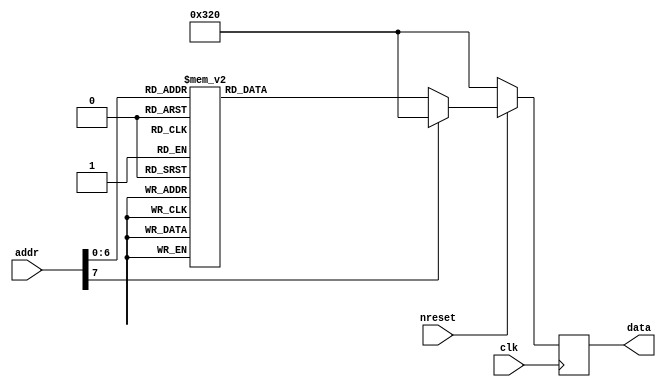
/*
By whik
*/
module ROM(clk,nreset,addr,data);

input clk,nreset;
input [7:0] addr;
output reg [15:0]data;    

always @ (posedge clk)
begin 
    if(!nreset)
        begin 
            data <= 800;
        end     
    else case(addr)
//////////////////////////////////
         0 :   data <= 800 ;
         1 :   data <= 831 ; 
         2 :   data <= 863 ; 
         3 :   data <= 894 ; 
         4 :   data <= 925 ; 
         5 :   data <= 956 ; 
         6 :   data <= 986 ; 
         7 :   data <= 1016 ; 
         8 :   data <= 1045 ; 
         9 :   data <= 1074 ; 
         10 :  data <= 1102 ; 
         11 :  data <= 1129 ; 
         12 :  data <= 1156 ; 
         13 :  data <= 1181 ; 
         14 :  data <= 1206 ; 
         15 :  data <= 1230 ; 
         16 :  data <= 1253 ;
         17 :  data <= 1274 ; 
         18 :  data <= 1295 ; 
         19 :  data <= 1314 ; 
         20 :  data <= 1332 ; 
         21 :  data <= 1349 ; 
         22 :  data <= 1364 ; 
         23 :  data <= 1379 ; 
         24 :  data <= 1391 ; 
         25 :  data <= 1403 ; 
         26 :  data <= 1412 ; 
         27 :  data <= 1421 ; 
         28 :  data <= 1428 ; 
         29 :  data <= 1433 ; 
         30 :  data <= 1437 ; 
         31 :  data <= 1439 ; 
         32 :  data <= 1440 ; 
         33 :  data <= 1439 ; 
         34 :  data <= 1437 ; 
         35 :  data <= 1433 ; 
         36 :  data <= 1428 ; 
         37 :  data <= 1421 ; 
         38 :  data <= 1412 ; 
         39 :  data <= 1403 ; 
         40 :  data <= 1391 ; 
         41 :  data <= 1379 ; 
         42 :  data <= 1364 ; 
         43 :  data <= 1349 ; 
         44 :  data <= 1332 ; 
         45 :  data <= 1314 ; 
         46 :  data <= 1295 ; 
         47 :  data <= 1274 ;
         48 :  data <= 1253 ;
         49 :  data <= 1230 ; 
         50 :  data <= 1206 ; 
         51 :  data <= 1181 ; 
         52 :  data <= 1156 ; 
         53 :  data <= 1129 ; 
         54 :  data <= 1102 ; 
         55 :  data <= 1074 ; 
         56 :  data <= 1045 ; 
         57 :  data <= 1016 ; 
         58 :  data <= 986 ; 
         59 :  data <= 956 ; 
         60 :  data <= 925 ; 
         61 :  data <= 894 ; 
         62 :  data <= 863 ; 
         63 :  data <= 831 ; 
         64 :  data <= 800 ; 
         65 :  data <= 769 ; 
         66 :  data <= 737 ; 
         67 :  data <= 706 ; 
         68 :  data <= 675 ; 
         69 :  data <= 644 ; 
         70 :  data <= 614 ; 
         71 :  data <= 584 ; 
         72 :  data <= 555 ; 
         73 :  data <= 526 ; 
         74 :  data <= 498 ; 
         75 :  data <= 471 ; 
         76 :  data <= 444 ;
         77 :  data <= 419 ; 
         78 :  data <= 394 ; 
         79 :  data <= 370 ; 
         80 :  data <= 347 ; 
         81 :  data <= 326 ; 
         82 :  data <= 305 ; 
         83 :  data <= 286 ; 
         84 :  data <= 268 ; 
         85 :  data <= 251 ; 
         86 :  data <= 236 ; 
         87 :  data <= 221 ; 
         88 :  data <= 209 ; 
         89 :  data <= 197 ;
         90 :  data <= 188 ;
         91 :  data <= 179 ;
         92 :  data <= 172 ;
         93 :  data <= 167 ;
         94 :  data <= 163 ;
         95 :  data <= 161 ;
         96 :  data <= 160 ;
         97 :  data <= 161 ;
         98 :  data <= 163 ;
         99 :  data <= 167 ;
         100 :  data <= 172 ;
         101 :  data <= 179 ;
         102 :  data <= 188 ;
         103 :  data <= 197 ;
         104 :  data <= 209 ;
         105 :  data <= 221 ; 
         106 :  data <= 236 ; 
         107 :  data <= 251 ;
         108 :  data <= 268 ;
         109 :  data <= 286 ; 
         110 :  data <= 305 ; 
         111 :  data <= 326 ; 
         112 :  data <= 347 ; 
         113 :  data <= 370 ; 
         114 :  data <= 394 ; 
         115 :  data <= 419 ; 
         116 :  data <= 444 ; 
         117 :  data <= 471 ; 
         118 :  data <= 498 ; 
         119 :  data <= 526 ; 
         120 :  data <= 555 ; 
         121 :  data <= 584 ; 
         122 :  data <= 614 ; 
         123 :  data <= 644 ; 
         124 :  data <= 675 ; 
         125 :  data <= 706 ; 
         126 :  data <= 737 ; 
         127 :  data <= 769 ; 
        default : data <= 800;       
    endcase 
end 

endmodule